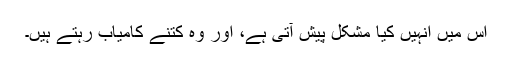
اس میں انہیں کیا مشکل پیش آتی ہے، اور وہ کتنے کامیاب رہتے ہیں۔